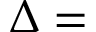
\Delta =